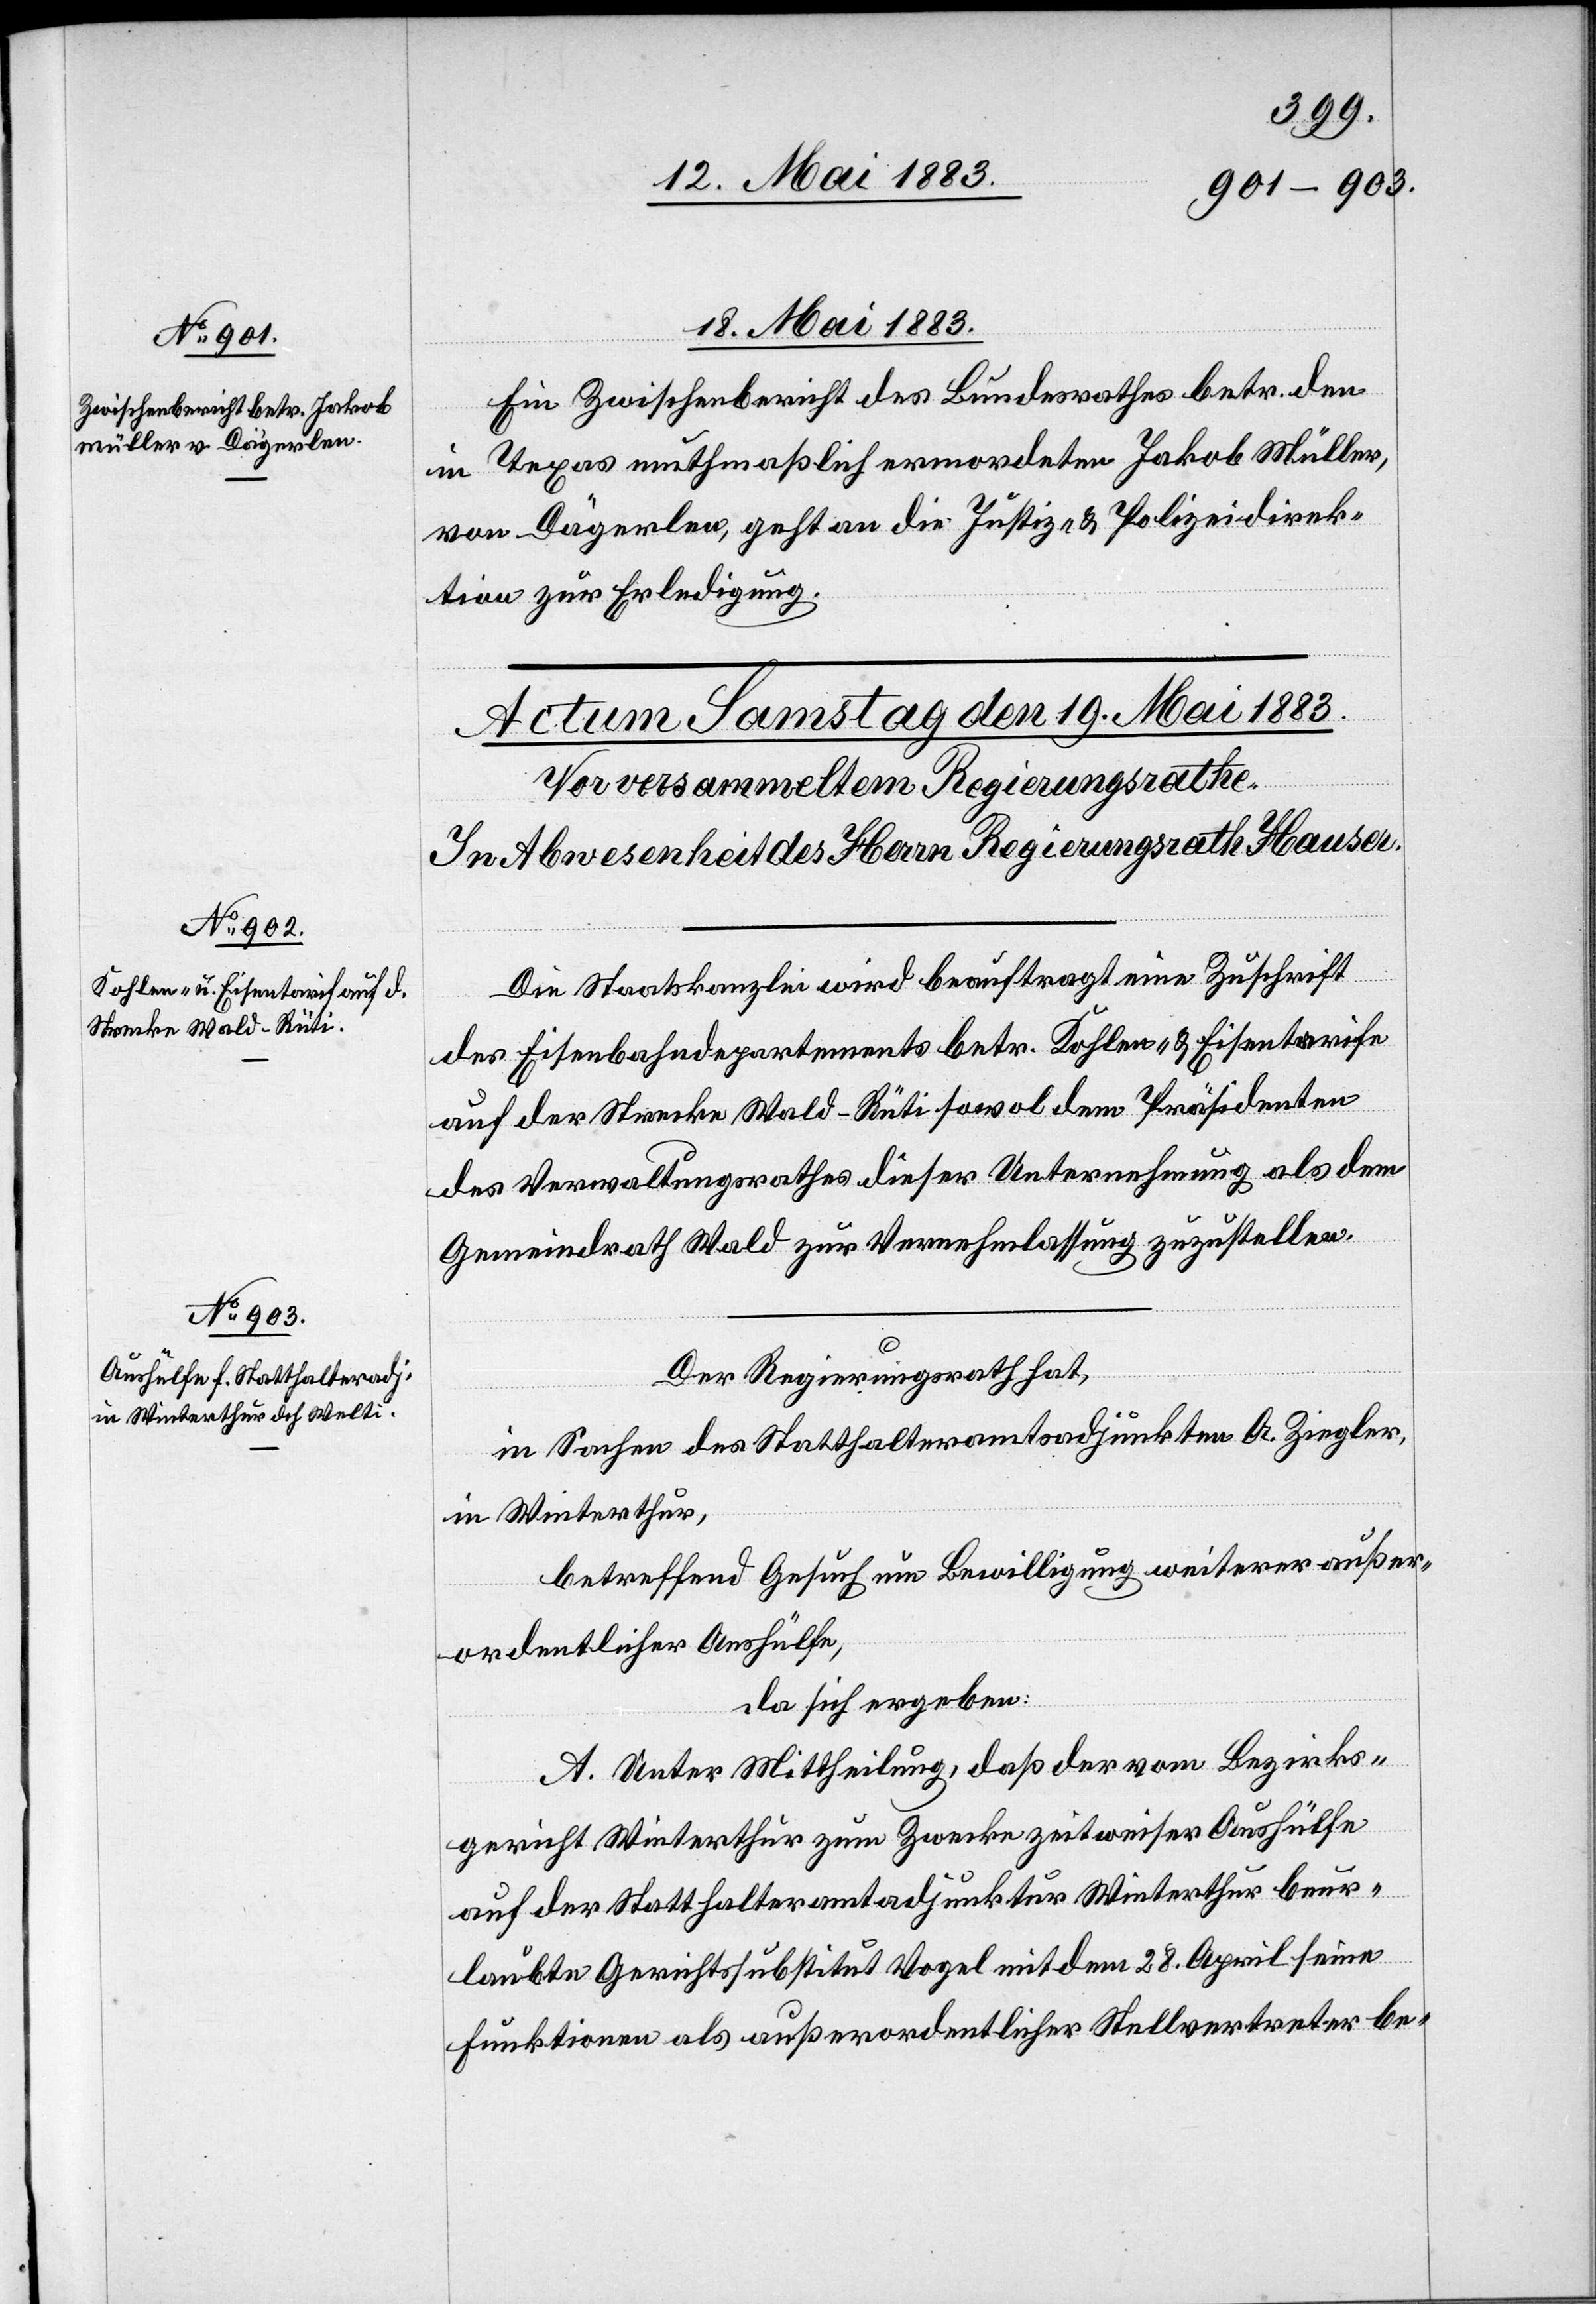
18. Mai 1883.
Ein Zwischenbericht des Bundesrathes betr. den
in Texas muthmaßlich ermordeten Jakob Müller,
von Dägerlen, geht an die Justiz- & Polizeidirek¬
tion zur Erledigung.
Die Staatskanzlei wird beauftragt eine Zuschrift
des Eisenbahndepartements betr. Kohlen- & Eisentarife
auf der Strecke Wald–Rüti sowol dem Präsidenten
des Verwaltungsrathes dieser Unternehmung als dem
Gemeindrath Wald zur Vernehmlassung zuzustellen.
Der Regierungsrath hat,
in Sachen des Statthalteramtsadjunkten A. Ziegler,
in Winterthur,
betreffend Gesuch um Bewilligung weiterer außer¬
ordentlicher Aushülfe,
da sich ergeben:
A. Unter Mittheilung, daß der vom Bezirks¬
gericht Winterthur zum Zwecke zeitweiser Aushülfe
auf der Statthalteramtadjunktur Winterthur beur¬
laubte Gerichtssubstitut Vogel mit dem 28. April seine
Funktionen als außerordentlicher Stellvertreter be-